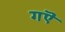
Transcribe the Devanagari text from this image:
गऎ